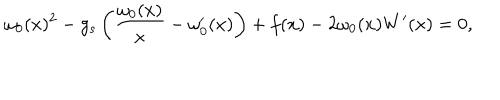
\omega _ { 0 } ( x ) ^ { 2 } - g _ { s } \left( \frac { \omega _ { 0 } ( x ) } { x } - \omega _ { 0 } ^ { \prime } ( x ) \right) + f ( x ) - 2 \omega _ { 0 } ( x ) W ^ { \prime } ( x ) = 0 ,